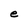
Character: e